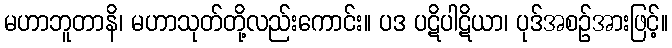
မဟာဘူတာနိ၊ မဟာသုတ်တို့လည်းကောင်း။ ပဒ ပဋိပါဋိယာ၊ ပုဒ်အစဉ်အားဖြင့်။